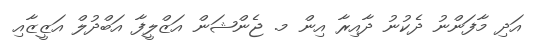
އަދި މާފަންނު ދެކުނު ދާއިރާ އިން މ. ޖެންޝަން އަޒްލީފާ އަބްދުލް އަޒީޒާއި